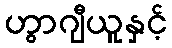
ဟွာဂျီယူနှင့်